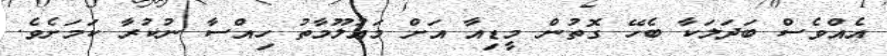
އެއްވެސް ބަދަލަކާ ބެހޭ ގޮތުން މީޑިއާ އަށް މައުލޫމާތު ހިއްސާ ނުކުރާ ކަމަށެވެ.